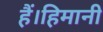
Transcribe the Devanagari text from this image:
हैं।हिमानी